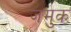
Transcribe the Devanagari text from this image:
जमुक